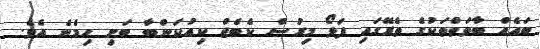
ބައެއް ބާވަތްތަކުގެ ތެރޭގައި ފަޅޯ މިރުސް ކެބެޖް ކިއުކަންބާ ބަށި ހިމެނެ އެވެ.